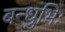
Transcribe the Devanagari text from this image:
बन्धुभिः